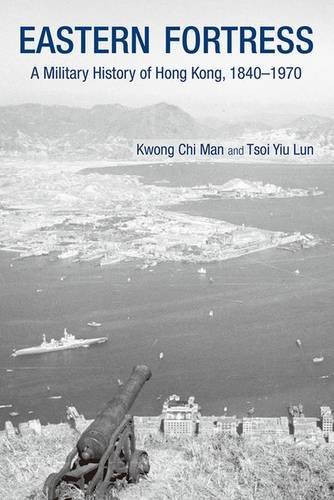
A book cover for Eastern Fortress: A Military History of Hong Kong, 1840-1970; Kwong Chi Man; History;